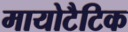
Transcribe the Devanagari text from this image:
मायोटैटिक